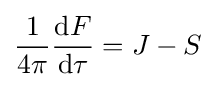
{\frac {1}{4\pi }}{\frac {\mathrm {d} F}{\mathrm {d} \tau }}=J-S